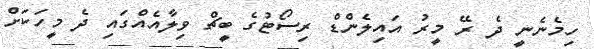
ހިމެނެނީ ދެ ރޭ މީރު އައިލެންޑް ރިސޯޓުގެ ބީޗް ވިލާއެއްގައި ދެ މީހަކަށް